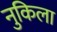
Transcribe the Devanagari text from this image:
नुकिला